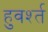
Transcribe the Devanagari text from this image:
हुवर्श्त